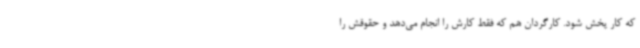
که کار پخش شود. کارگردان هم که فقط کارش را انجام می‌دهد و حقوقش را